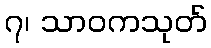
၇၊ သာဝကသုတ်